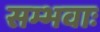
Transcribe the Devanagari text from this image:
सम्भवाः